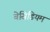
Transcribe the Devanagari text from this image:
बेसिडियम